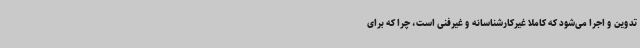
تدوین و اجرا می‌شود که کاملا غیرکارشناسانه و غیرفنی است، چرا که برای